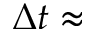
\Delta t \approx